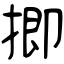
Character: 揤